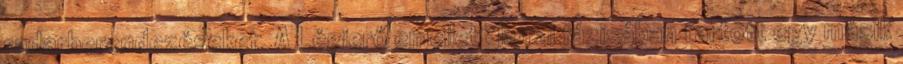
radarberendezéseket. A Légierő emellett korai fázisában tartott egy másik